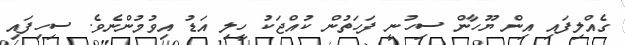
ގެއްލިފައި އިން ޔޫހާން ސިހުނީ ފަހަތުން ކުއްޖަކު ހީލި އަޑު އިވުމުންނެވެ. ސިހިފައި